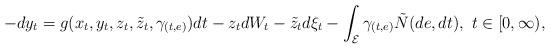
LaTeX: \begin{align*}-dy_t=g(x_t,y_t,z_t,\tilde{z}_t,\gamma_{(t,e)})dt-z_tdW_t-\tilde{z}_td\xi_t-\int_{\mathcal{E}}\gamma_{(t,e)}\tilde{N}(de,dt),\ t\in[0,\infty),\end{align*}